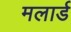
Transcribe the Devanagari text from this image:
मलार्ड